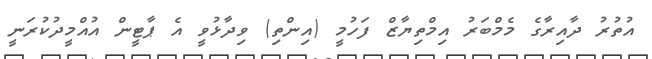
އުތުރު ދާއިރާގެ މެމްބަރު އިމްތިޔާޒް ފަހުމީ (އިންތި) ވިދާޅުވީ އެ ޕާޓީން އުއްމީދުކުރަނީ